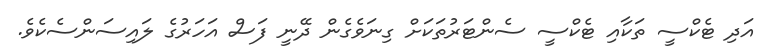
އަދި ޓެކްސީ ތަކާއި ޓެކްސީ ސެންޓަރުތަކަށް ގިނަވެގެން ދޭނީ ފަސް އަހަރުގެ ލައިސަންސެކެވެ.